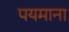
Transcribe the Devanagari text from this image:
पयमाना